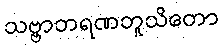
သဗ္ဗာဘရဏဘူသိတော